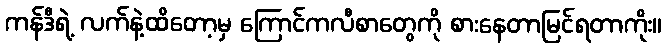
ကန်ဒီရဲ့ လက်နဲ့ထိတော့မှ ကြောင်ကလီစာတွေကို စားနေတာမြင်ရတာကိုး။